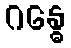
ဂန္ဓေ